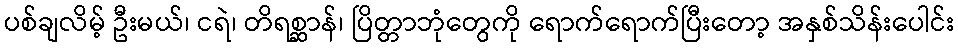
ပစ်ချလိမ့် ဦးမယ်၊ ငရဲ၊ တိရစ္ဆာန်၊ ပြိတ္တာဘုံတွေကို ရောက်ရောက်ပြီးတော့ အနှစ်သိန်းပေါင်း